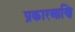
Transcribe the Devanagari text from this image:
प्रकारआणि